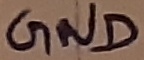
Text: GND